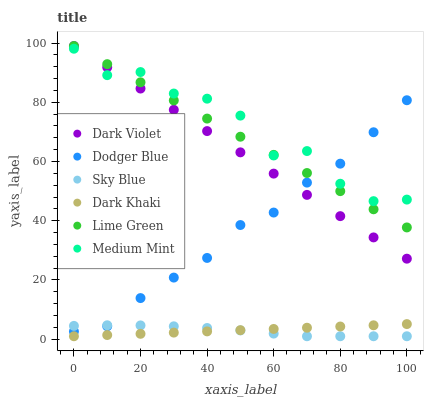
| xaxis_label | Dark Violet | Dodger Blue | Sky Blue | Dark Khaki | Lime Green | Medium Mint |
 | --- | --- | --- | --- | --- | --- | --- |
 | 0 | 99 | 2.61 | 4.51 | 1 | 99 | 98.1 |
 | 10 | 91.8 | 4.39 | 4.71 | 1.41 | 92.9 | 89.2 |
 | 20 | 84.6 | 13.9 | 4.66 | 1.82 | 86.7 | 90.2 |
 | 30 | 77.5 | 20.8 | 4.35 | 2.23 | 80.6 | 83 |
 | 40 | 70.3 | 27.4 | 3.79 | 2.64 | 74.5 | 81.2 |
 | 50 | 63.1 | 38.6 | 2.97 | 3.05 | 68.4 | 75.5 |
 | 60 | 55.9 | 42.8 | 1.9 | 3.46 | 62.2 | 62 |
 | 70 | 48.7 | 52.9 | 1 | 3.88 | 56.1 | 63.5 |
 | 80 | 41.6 | 59.3 | 1 | 4.29 | 50 | 52.5 |
 | 90 | 34.4 | 69.9 | 1 | 4.7 | 43.9 | 46.6 |
 | 100 | 27.2 | 80.7 | 1 | 5.11 | 37.7 | 47.1 |